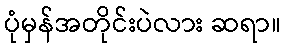
ပုံမှန်အတိုင်းပဲလား ဆရာ။